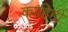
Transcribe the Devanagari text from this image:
काहिही